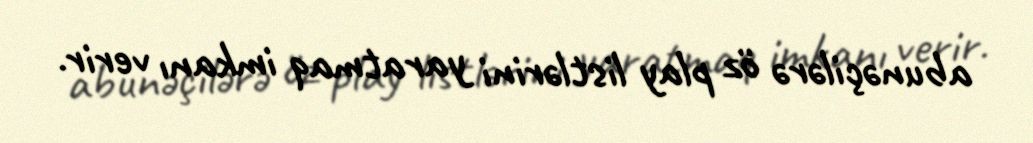
abunəçilərə öz play listlərini yaratmaq imkanı verir.